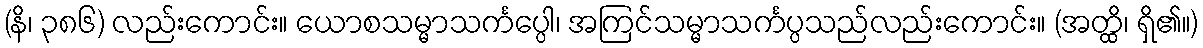
(နိ၊ ၃၈၆) လည်းကောင်း။ ယောစသမ္မာသင်္ကပ္ပေါ၊ အကြင်သမ္မာသင်္ကပ္ပသည်လည်းကောင်း။ (အတ္ထိ၊ ရှိ၏။)